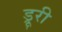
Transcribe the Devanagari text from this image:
ड्रूरी